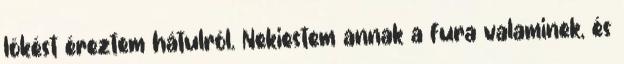
lökést éreztem hátulról. Nekiestem annak a fura valaminek, és